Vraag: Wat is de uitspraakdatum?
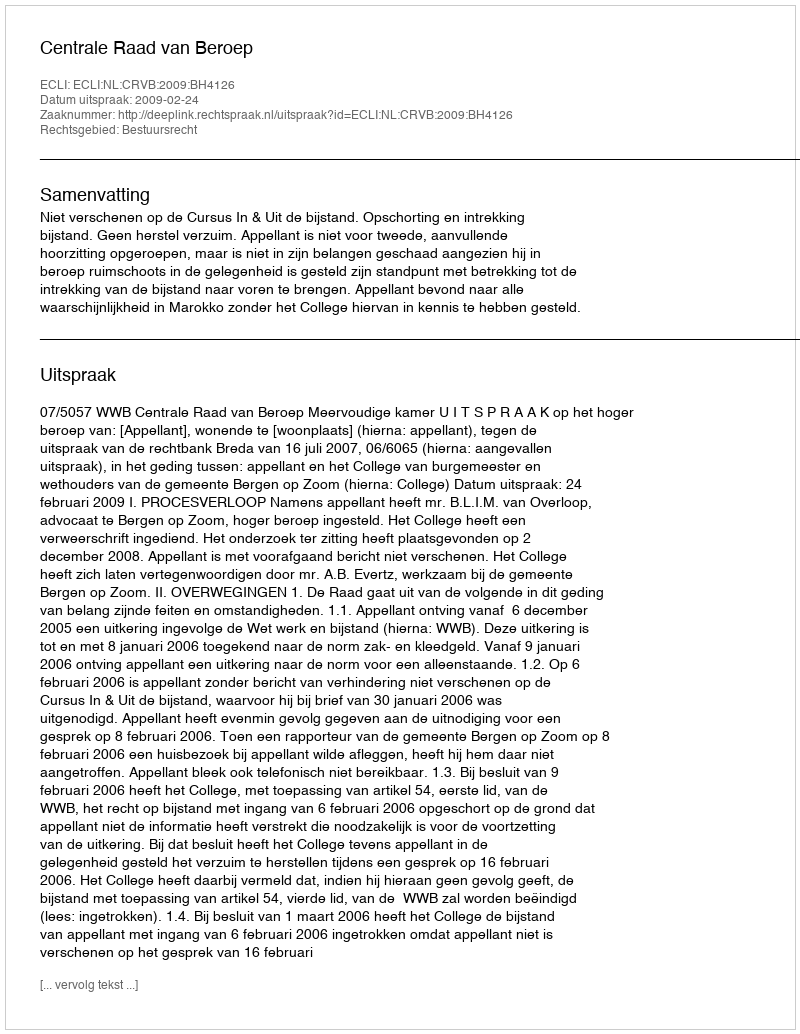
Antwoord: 2009-02-24